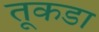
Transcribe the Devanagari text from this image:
तूकडा